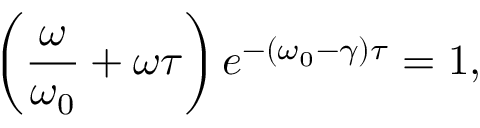
\left( \frac { \omega } { \omega _ { 0 } } + \omega \tau \right) e ^ { - \left( \omega _ { 0 } - \gamma \right) \tau } = 1 ,